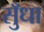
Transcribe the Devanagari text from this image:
सुँधा